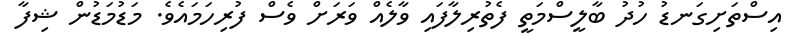
އިސްތަށިގަނޑު ހުދު ބާލީސްމަތީ ފެތުރިލާފައި ވާލެއް ވަރަށް ވެސް ފުރިހަމައެވެ. މަޑުމަޑުން ޝިފާ